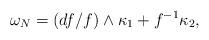
LaTeX: \begin{align*} \omega_N= (df/f)\wedge \kappa_1+f^{-1}\kappa_2,\end{align*}